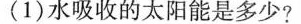
(1)水吸收的太阳能是多少?